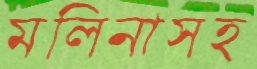
মলিনাসহ